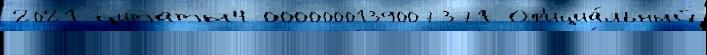
2021 цитаты4 0000000139007371 Оф'ициа́льный